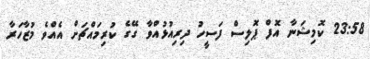
23:58 ކޮމިޝަނާ އޮފް ޕޮލިސް ފަސީހު ދިރިއުޅުއްވާ ގޭގެ ކުރިމައްޗަށް އެއްވެ މުޒާހަރާ